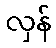
လှန်